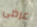
عرضى